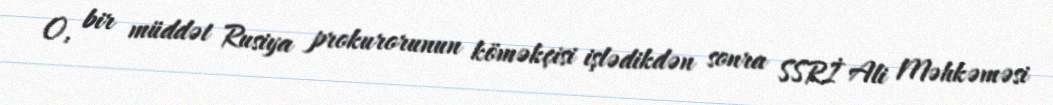
O, bir müddət Rusiya prokurorunun köməkçisi işlədikdən sonra SSRİ Ali Məhkəməsi